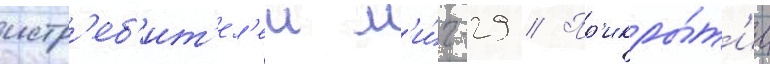
истр'еб'ит'ел'еи м'и́г-29 // Пр'икры́т'ие